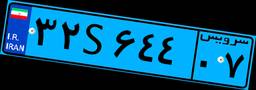
۳۲S۶۴۴۰۷